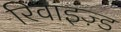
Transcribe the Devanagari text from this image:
रिवाइज़्ड